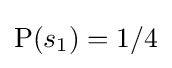
\operatorname {P} (s_{1})=1/4